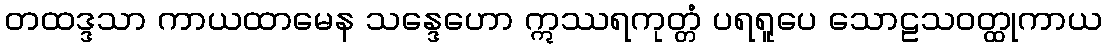
တထဒ္ဒသာ ကာယထာမေန သန္ဒေဟော ဣဿရကုတ္တံ ပရရူပေ သောဠသဝတ္ထုကာယ